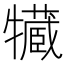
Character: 𤛻